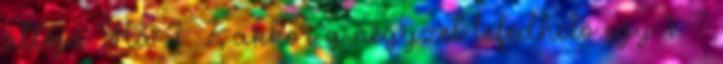
átlója Ha 2 7, akkor a négyzet lefedhető egy 1 7